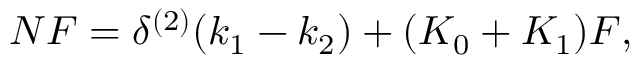
N F = \delta ^ { ( 2 ) } ( k _ { 1 } - k _ { 2 } ) + ( K _ { 0 } + K _ { 1 } ) F ,